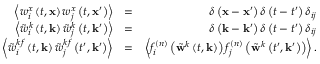
\begin{array} { r l r } { \left\langle w _ { i } ^ { x } \left( t , \mathbf { x } \right) w _ { j } ^ { x } \left( t , \mathbf { x } ^ { \prime } \right) \right\rangle } & { = } & { \delta \left( \mathbf { x } - \mathbf { x } ^ { \prime } \right) \delta \left( t - t ^ { \prime } \right) \delta _ { i j } } \\ { \left\langle \tilde { w } _ { i } ^ { k } \left( t , \mathbf { k } \right) \tilde { w } _ { j } ^ { k } \left( t , \mathbf { k } ^ { \prime } \right) \right\rangle } & { = } & { \delta \left( \mathbf { k } - \mathbf { k } ^ { \prime } \right) \delta \left( t - t ^ { \prime } \right) \delta _ { i j } } \\ { \left\langle \tilde { w } _ { i } ^ { k f } \left( t , \mathbf { k } \right) \tilde { w } _ { j } ^ { k f } \left( t ^ { \prime } , \mathbf { k } ^ { \prime } \right) \right\rangle } & { = } & { \left\langle f _ { i } ^ { ( n ) } \left( \tilde { \mathbf { w } } ^ { k } \left( t , \mathbf { k } \right) \right) f _ { j } ^ { ( n ) } \left( \tilde { \mathbf { w } } ^ { k } \left( t ^ { \prime } , \mathbf { k } ^ { \prime } \right) \right) \right\rangle . } \end{array}